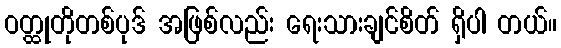
ဝတ္ထုတိုတစ်ပုဒ် အဖြစ်လည်း ရေးသားချင်စိတ် ရှိပါ တယ်။